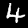
Label: 4